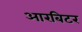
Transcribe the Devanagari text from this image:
आरबिटर